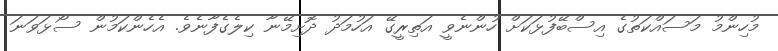
މުހިންމު މަސައްކަތުގެ އިސްބޭފުޅަކަށް ހުންނެވީ އަތިރީގޭ އަހުމަދު ދޮށިމޭނާ ކިލެގެފާނެވެ. އެހެންކަމުން ސޯޅަވަނަ